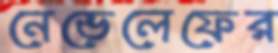
নেভেলেফের